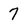
Character: 7